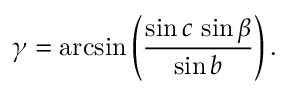
\gamma = \arcsin \left( { \frac { \sin c \, \sin \beta } { \sin b } } \right) .